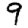
Digit: 9